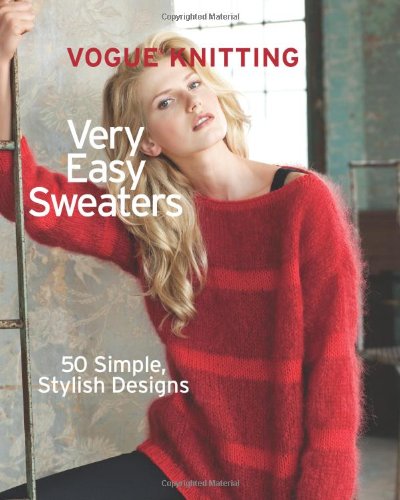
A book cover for VogueÂ® Knitting Very Easy Sweaters: 50 Simple, Stylish Designs; Crafts, Hobbies & Home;